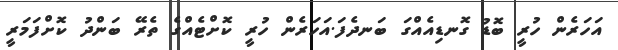
އަހަރެން ހުރީ ބޮޑު ގޮނޑިއެއްގަ ބަނދެފަ.އަހަރެން ހުރީ ކޮށްޓެއްގެ ތެރޭ ބަންދު ކޮށްފަމަރީ